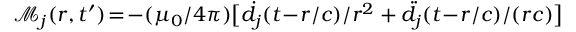
\mathcal { M } _ { j } ( r , t ^ { \prime } ) \! = \! - ( \mu _ { 0 } / 4 \pi ) \big [ \dot { d } _ { j } ( t \! - \! r / c ) / { r ^ { 2 } } + \ddot { d } _ { j } ( t \! - \! r / c ) / ( r c ) \big ]